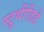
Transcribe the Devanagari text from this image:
स्ट्रुथीडिडे